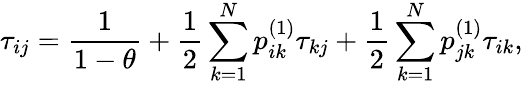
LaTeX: \tau_{ij}=\frac{1}{1-\theta}+\frac{1}{2}\sum_{k=1}^{N}p_{ik}^{\left(1\right)}\tau_{kj}+\frac{1}{2}\sum_{k=1}^{N}p_{jk}^{\left(1\right)}\tau_{ik},